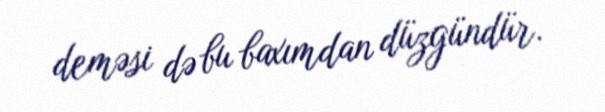
deməsi də bu baxımdan düzgündür.